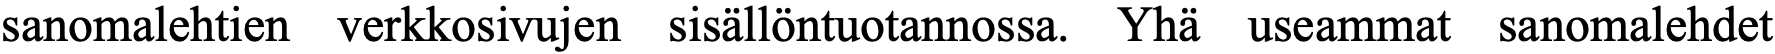
sanomalehtien verkkosivujen sisällöntuotannossa. Yhä useammat sanomalehdet